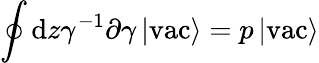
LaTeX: \oint\mathrm{d}z\gamma^{-1}\partial\gamma\left|\mathrm{{vac}}\right>=p\left|\mathrm{{vac}}\right>